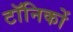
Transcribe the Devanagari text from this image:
टॉनिकों